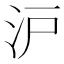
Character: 沪